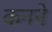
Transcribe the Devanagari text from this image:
कनने